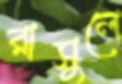
রাসুলে